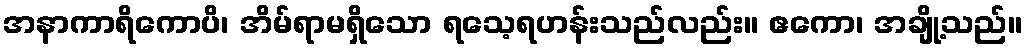
အနာကာရိကောပိ၊ အိမ်ရာမရှိသော ရသေ့ရဟန်းသည်လည်း။ ဧကော၊ အချို့သည်။